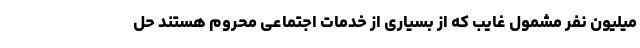
میلیون نفر مشمول غایب که از بسیاری از خدمات اجتماعی محروم هستند حل